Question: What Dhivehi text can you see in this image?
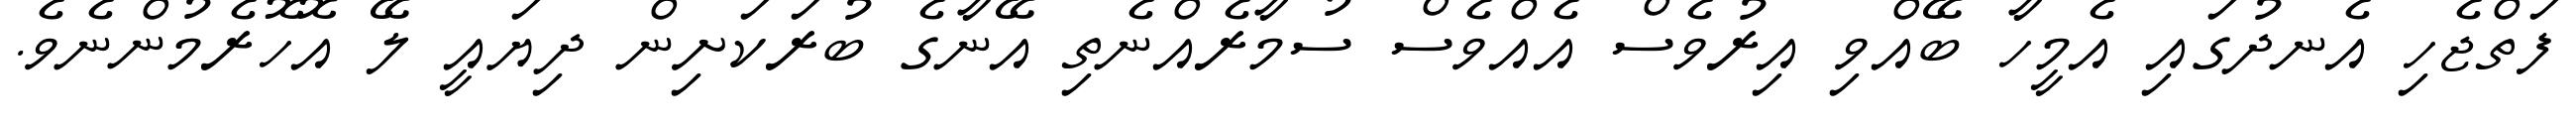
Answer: ފަތްޖެހި އެނދުގައި އެމީހާ ބޭއްވި އިރުވެސް އެއްވެސް ސުމާރެއްނެތި އޭނާގެ ބުރަކަށިން ދިޔައީ ލޭ އޮހޮރެމުންނެވެ.